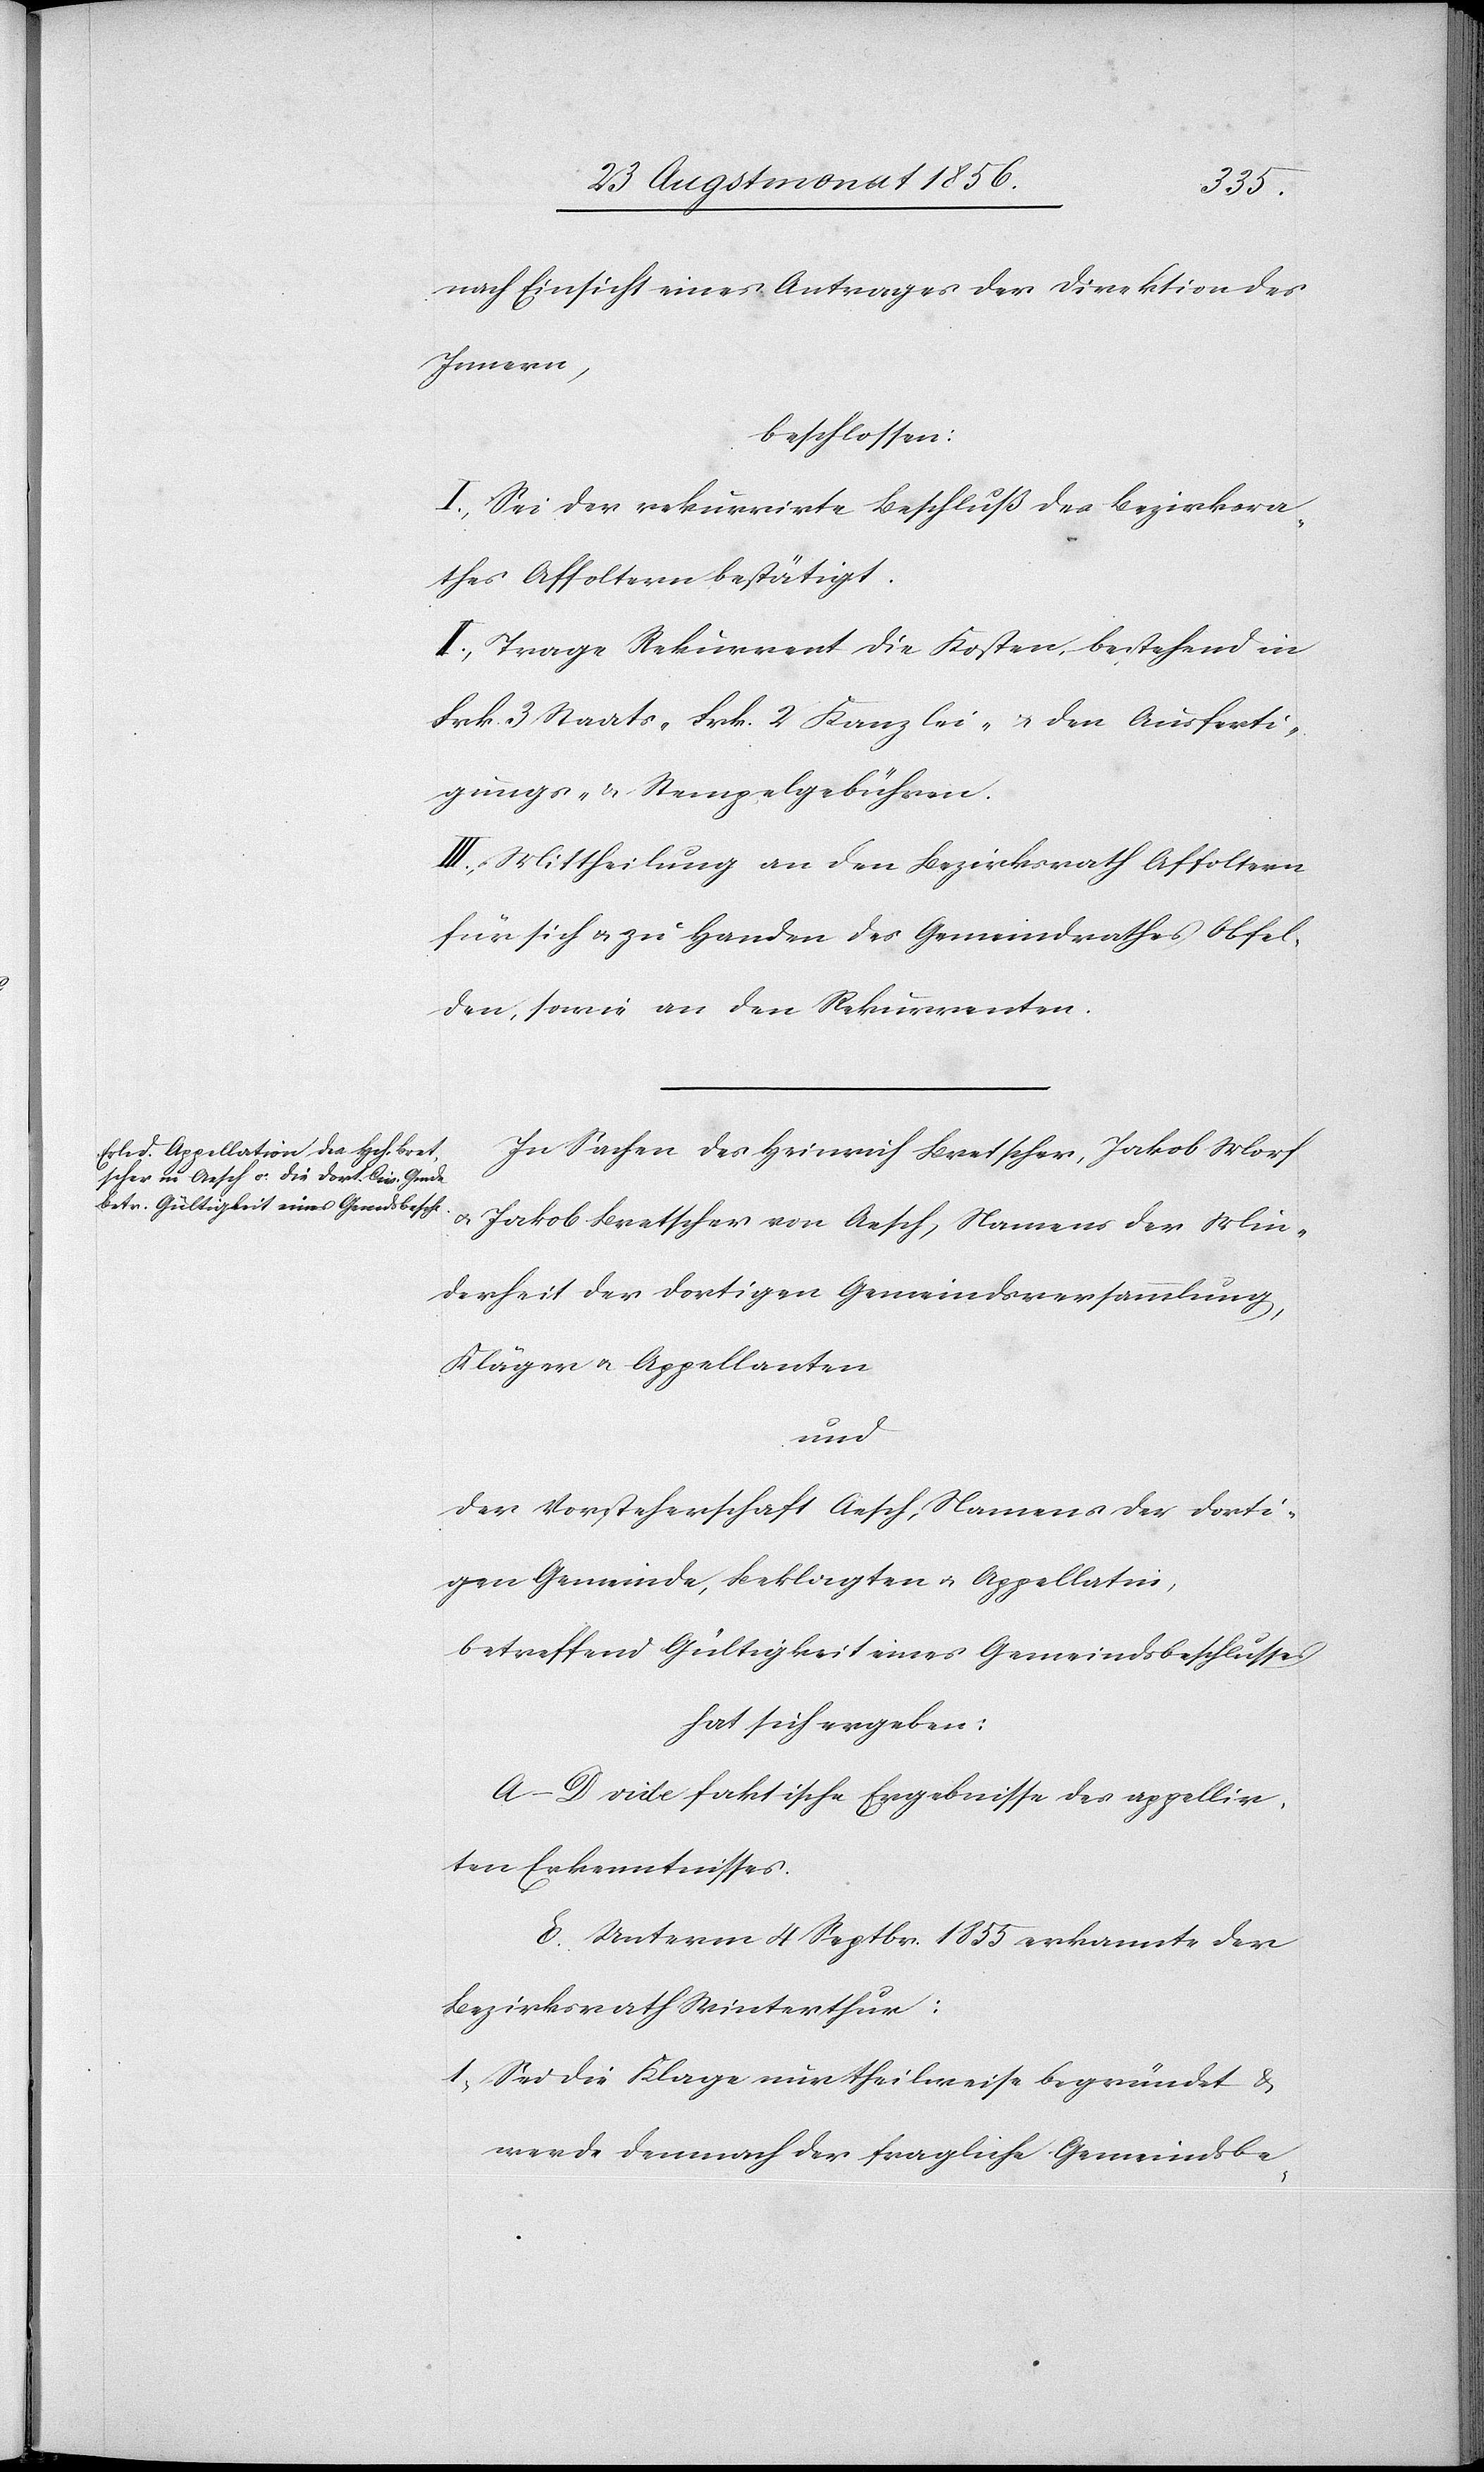
nach Einsicht eines Antrages der Direktion des
Innern,
beschlossen:
I.) Sei der rekurrirte Beschluß des Bezirksra¬
thes Affoltern bestätigt.
II.) Trage Rekurrent die Kosten, bestehend in
Frk. 3 Staats-[,] Frk. 2 Kanzlei- u. den Ausferti¬
gungs- & Stempelgebühren.
III.) Mittheilung an den Bezirksrath Affoltern
für sich u. zu Handen des Gemeindrathes Obfel¬
den, sowie an den Rekurrenten.
In Sachen des Heinrich Bretscher, Jakob Morf
u. Jakob Bretscher von Aesch, der Min¬
derheit der dortigen Gemeindsversammlung,
Kläger u. Appellanten
und
der Vorsteherschaft Aesch, Namens der dorti¬
gen Gemeinde, Beklagten u. Appellatin,
betreffend Gültigkeit eines Gemeindsbeschlusses
hat sich ergeben:
A–D. vide faktische Ergebnisse des appellir¬
ten Erkenntnisses.
E. Unterm 4 Septbr. 1855 erkannte der
Bezirksrath Winterthur:
1.) Sei die Klage nur theilweise begründet &
werde demnach der fragliche Gemeindsbe-